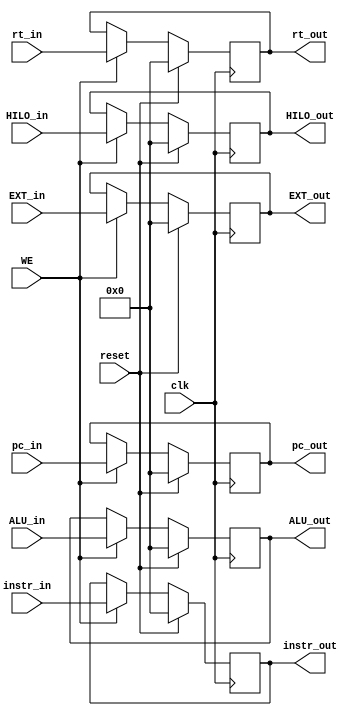
module M_REG (
    input clk,
    input reset,
    input WE,
    input [31:0] instr_in,
    input [31:0] pc_in,
    input [31:0] ALU_in,
    input [31:0] rt_in,
    input [31:0] HILO_in,
    input [31:0] EXT_in,
    output reg [31:0] instr_out,
    output reg [31:0] pc_out,
    output reg [31:0] ALU_out,
    output reg [31:0] rt_out,
    output reg [31:0] HILO_out,
    output reg [31:0] EXT_out
);

    always @(posedge clk) begin
        if (reset) begin
            instr_out    <= 0;
            pc_out       <= 0;
            ALU_out      <= 0;
            rt_out       <= 0;
            HILO_out     <= 0;
            EXT_out      <= 0;
        end else if(WE) begin
            instr_out    <= instr_in;
            pc_out       <= pc_in;
            ALU_out      <= ALU_in;
            rt_out       <= rt_in;
            HILO_out     <= HILO_in;
            EXT_out      <= EXT_in;
        end
    end

endmodule